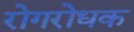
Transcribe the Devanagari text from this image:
रोगरोधक